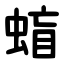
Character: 䗈